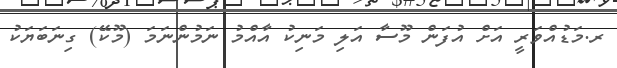
ރ.މަޑުއްވަރީ އަށް އުފަން މޫސާ އަލި މަނިކު އާއްމު ނަމުންނަމަ (މޫކޭ) ގިނަބަޔަކު